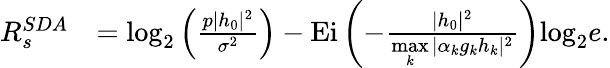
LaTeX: \begin{array}{rl}{R_{s}^{SDA}}&{=\mathrm{log}_{2}\left(\frac{p|h_{0}|^{2}}{\sigma^{2}}\right)-\mathrm{Ei}\left(-\frac{|h_{0}|^{2}}{\underset{k}{\operatorname*{max}}|\alpha_{k}g_{k}h_{k}|^{2}}\right)\mathrm{log}_{2}e.}\end{array}